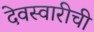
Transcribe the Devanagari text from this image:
देवस्वारीची